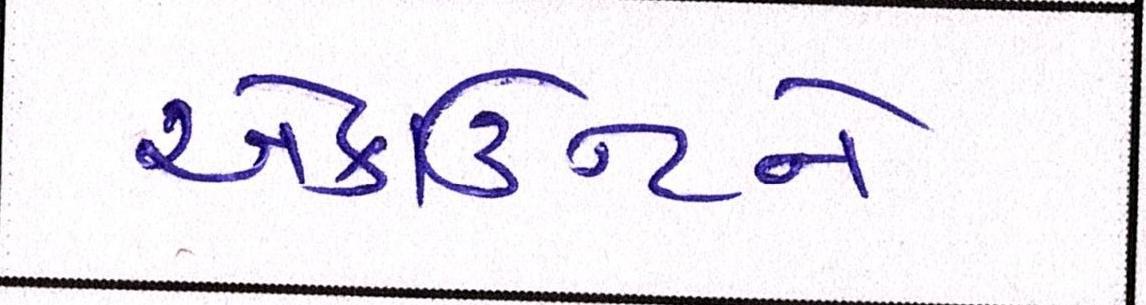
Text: એકાઉન્ટને